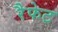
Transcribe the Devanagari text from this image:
रैफेट